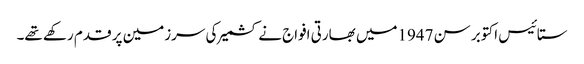
ستائیس اکتوبر سن 1947میں بھارتی افواج نے کشمیر کی سرزمین پر قدم رکھے تھے۔